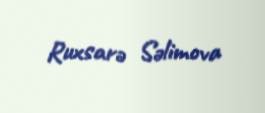
Ruxsarə Səlimova